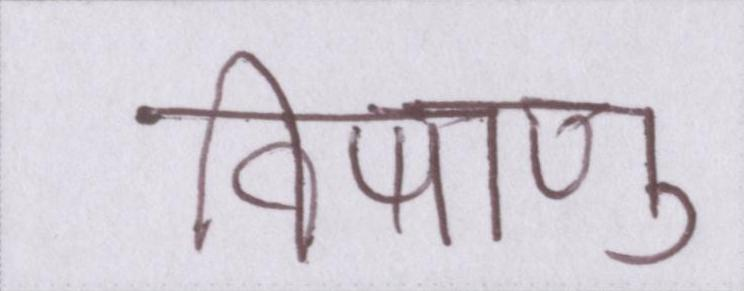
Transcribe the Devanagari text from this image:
विषाणु